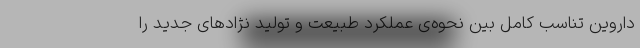
داروین تناسب کامل بین نحوه‌ی عملکرد طبیعت و تولید نژادهای جدید را